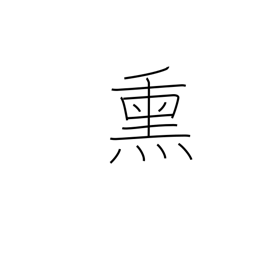
Meaning: fog